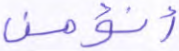
أنؤمن